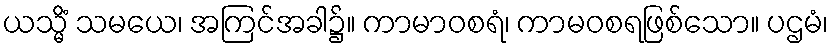
ယသ္မိံ သမယေ၊ အကြင်အခါ၌။ ကာမာဝစရံ၊ ကာမဝစရဖြစ်သော။ ပဌမံ၊